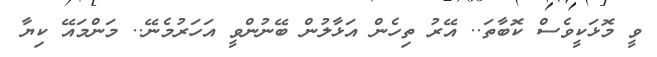
ވީ މޮޅަކީވެސް ކޮބާތަ.. އޭރު ތިހެން އަޅާލުން ބޭނުންވީ އަހަރުމެނޭ.. މަންމައޭ ކިޔާ